Trukikaitis_Postimees, lk 2
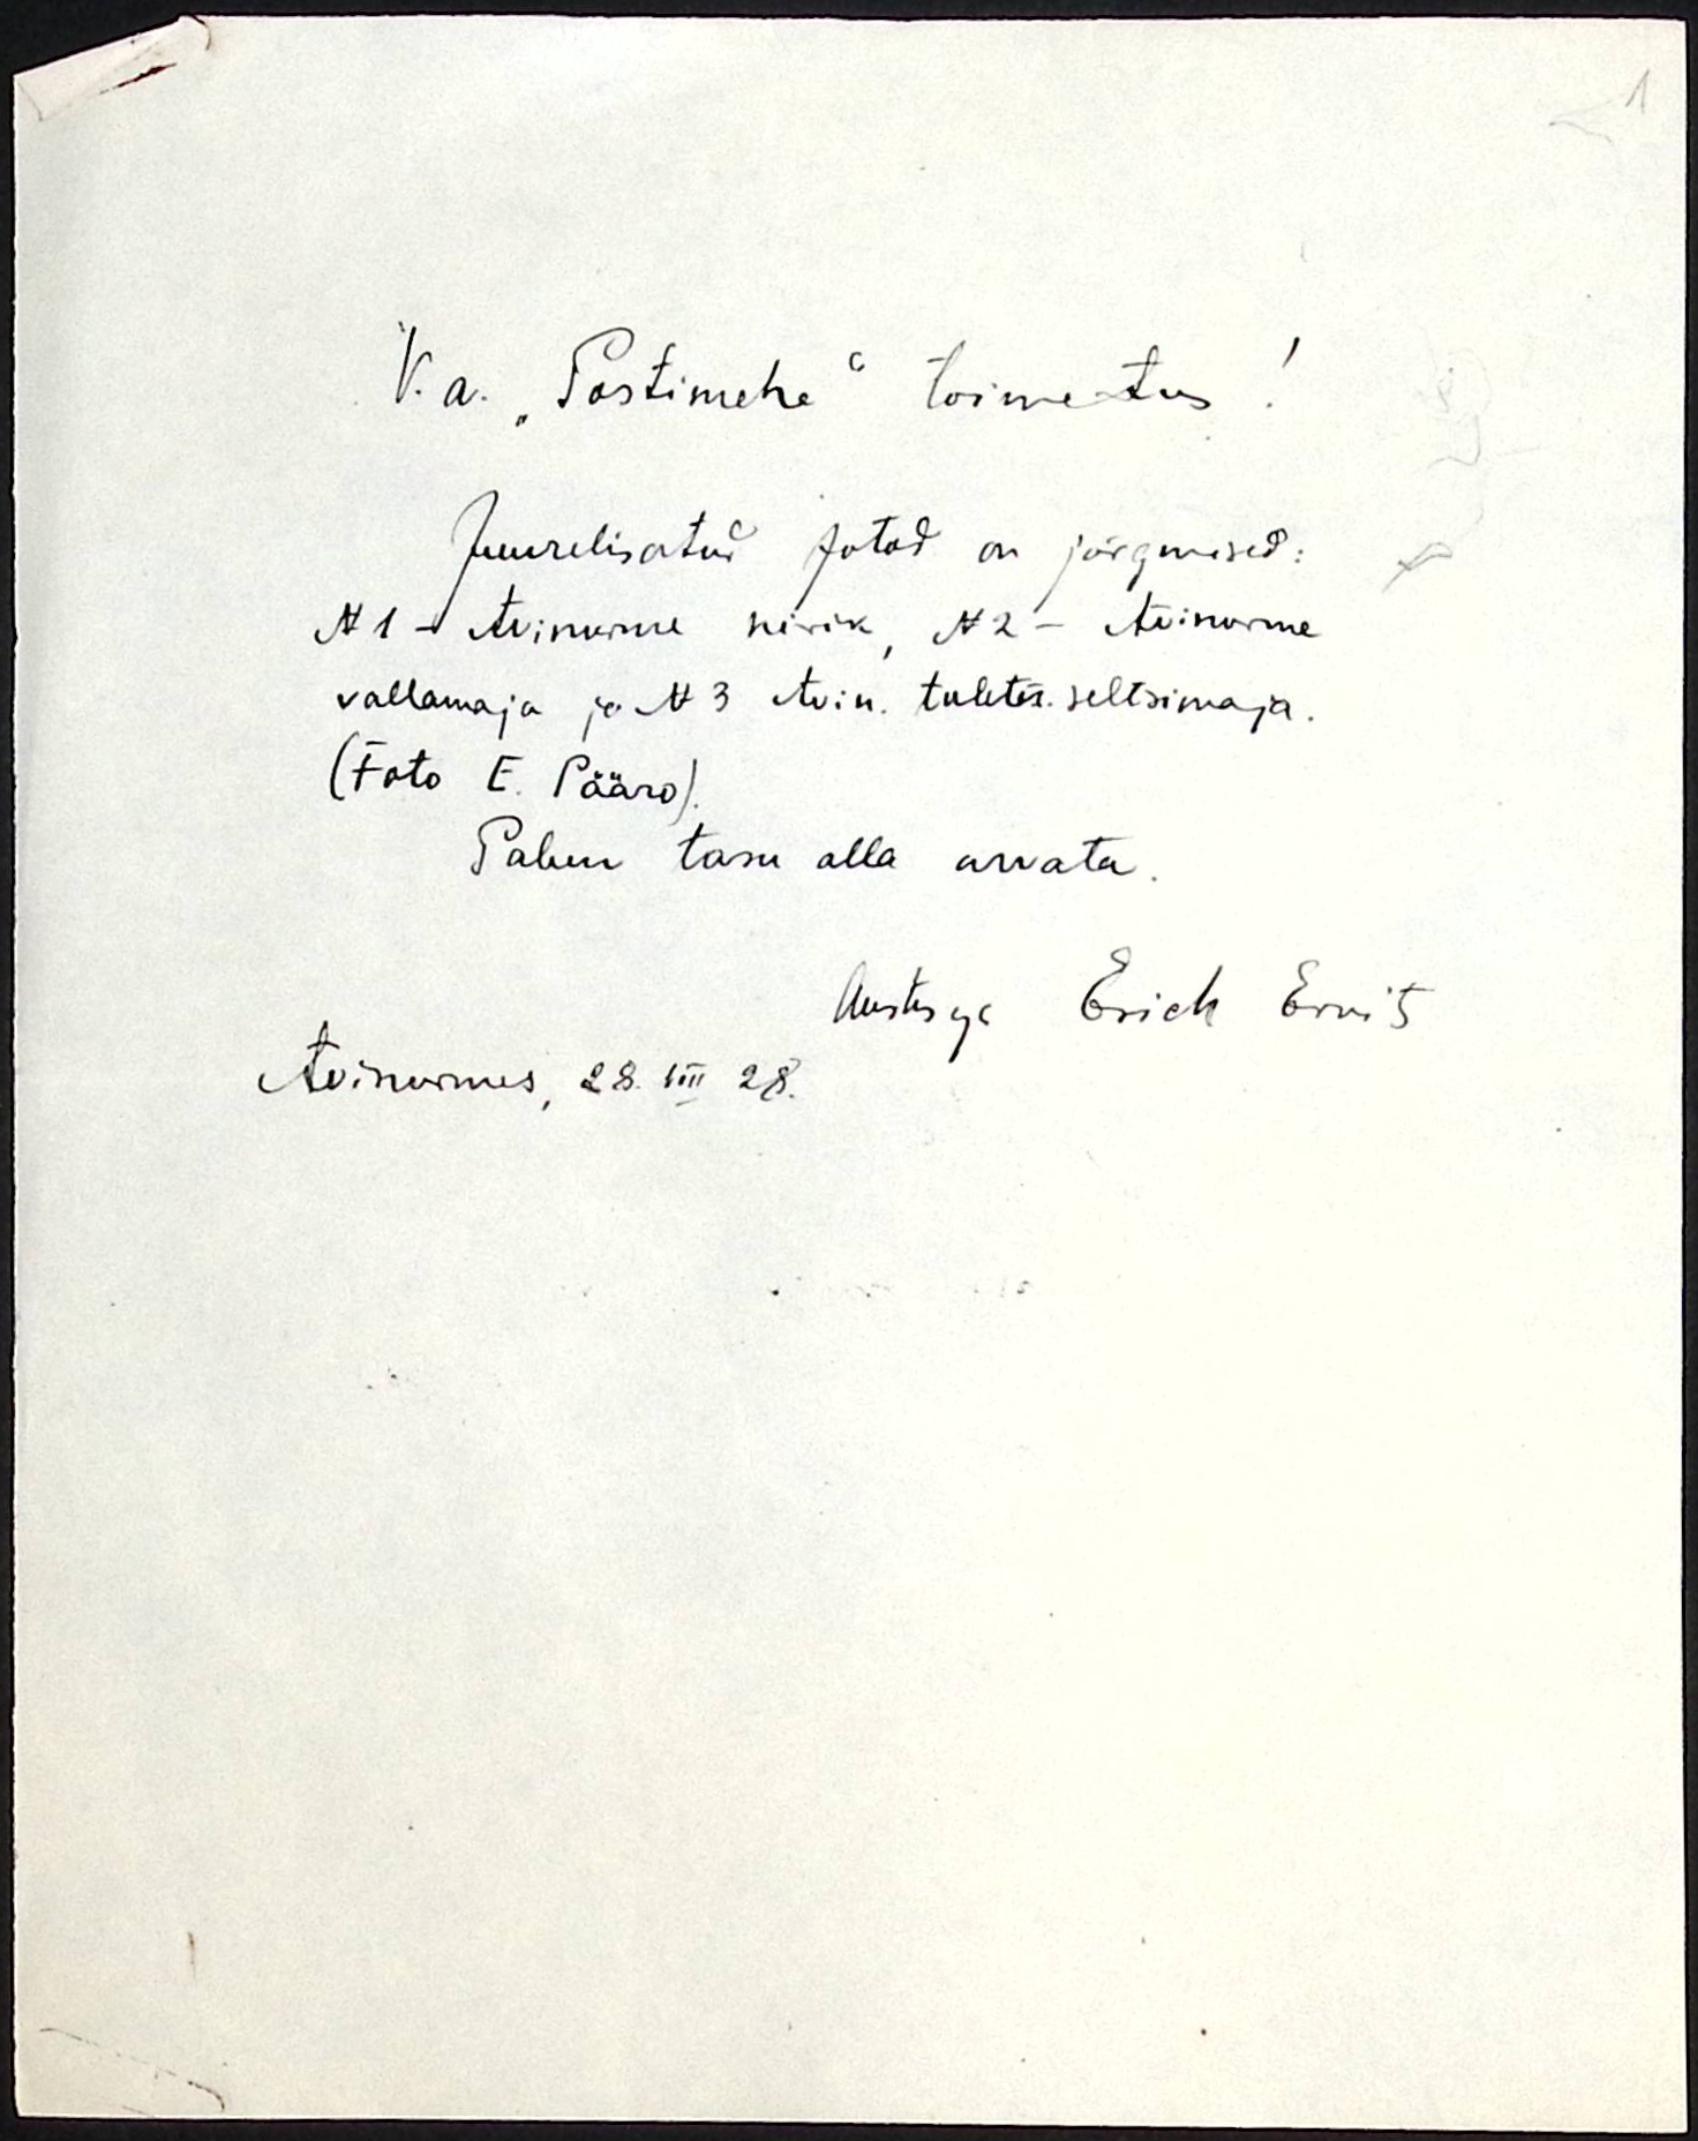
V. a. "Postimehe" toimetus!
Juurelisatud fotod on järgmised:
N1. Avinurme kirik N2 - Avinurme
vallamaja ja N 3 Avin. tuletõr. seltsimaja
(Foto E. Pääro).
Palun tasu alla arvata.
Austuse Erich Ervit
Avinurmes, 28. VIII 28.